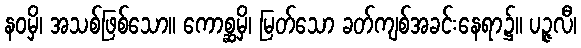
နဝမှိ၊ အသစ်ဖြစ်သော။ ကောစ္ဆမှိ၊ မြတ်သော ခတ်ကျစ်အခင်းနေရာ၌။ ပဉ္ဇလီ၊